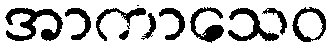
အာကာသေဝ